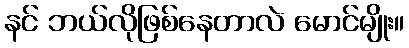
နင် ဘယ်လိုဖြစ်နေတာလဲ မောင်မျိုး။